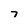
Character: 7